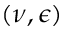
( \nu , \epsilon )